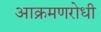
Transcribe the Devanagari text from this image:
आक्रमणरोधी